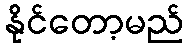
နိုင်တော့မည်